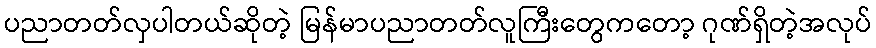
ပညာတတ်လှပါတယ်ဆိုတဲ့ မြန်မာပညာတတ်လူကြီးတွေကတော့ ဂုဏ်ရှိတဲ့အလုပ်